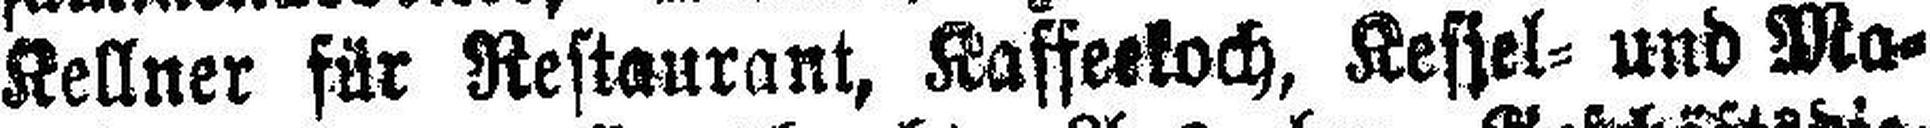
Kellner für Restaurant, Kaffeekoch, Kessel= und Ma¬